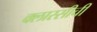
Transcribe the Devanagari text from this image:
क्लास्सीची